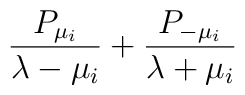
{ {P_{\mu_i} \over \lambda -\mu_i }+ {P_{-\mu_i} \over \lambda +\mu_i } }